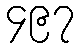
၄၉၇